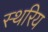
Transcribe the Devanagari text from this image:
स्थरिय